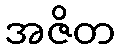
အဇိတ